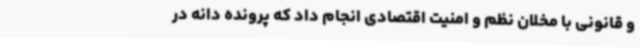
و قانونی با مخلان نظم و امنیت اقتصادی انجام داد که پرونده دانه در